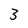
Character: 3